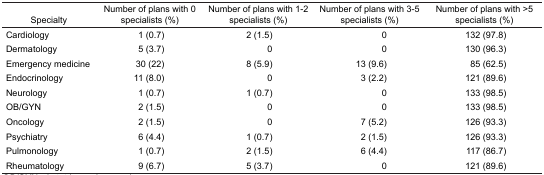
| Specialty | Number of plans with 0 specialists (%) | Number of plans with 1–2 specialists (%) | Number of plans with 3–5 specialists (%) | Number of plans with >5 specialists (%) |
 | --- | --- | --- | --- | --- |
 | Cardiology | 1 (0.7) | 2 (1.5) | 0 | 132 (97.8) |
 | Dermatology | 5 (3.7) | 0 | 0 | 130 (96.3) |
 | Emergency medicine | 30 (22) | 8 (5.9) | 13 (9.6) | 85 (62.5) |
 | Endocrinology | 11 (8.0) | 0 | 3 (2.2) | 121 (89.6) |
 | Neurology | 1 (0.7) | 1 (0.7) | 0 | 133 (98.5) |
 | OB/GYN | 2 (1.5) | 0 | 0 | 133 (98.5) |
 | Oncology | 2 (1.5) | 0 | 7 (5.2) | 126 (93.3) |
 | Psychiatry | 6 (4.4) | 1 (0.7) | 2 (1.5) | 126 (93.3) |
 | Pulmonology | 1 (0.7) | 2 (1.5) | 6 (4.4) | 117 (86.7) |
 | Rheumatology | 9 (6.7) | 5 (3.7) | 0 | 121 (89.6) |